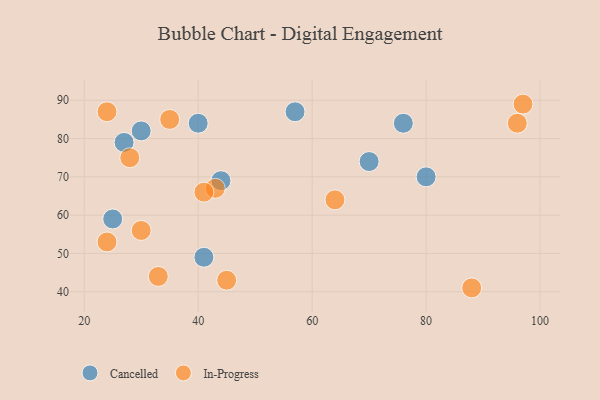
{"axis": {"x": "GDP", "y": "Life Expectancy"}, "legend": ["Cancelled", "In-Progress"], "data": [{"x": "25", "y": 59, "type": "Cancelled"}, {"x": "57", "y": 87, "type": "Cancelled"}, {"x": "70", "y": 74, "type": "Cancelled"}, {"x": "44", "y": 69, "type": "Cancelled"}, {"x": "80", "y": 70, "type": "Cancelled"}, {"x": "40", "y": 84, "type": "Cancelled"}, {"x": "30", "y": 82, "type": "Cancelled"}, {"x": "27", "y": 79, "type": "Cancelled"}, {"x": "41", "y": 49, "type": "Cancelled"}, {"x": "76", "y": 84, "type": "Cancelled"}, {"x": "30", "y": 56, "type": "In-Progress"}, {"x": "33", "y": 44, "type": "In-Progress"}, {"x": "24", "y": 87, "type": "In-Progress"}, {"x": "43", "y": 67, "type": "In-Progress"}, {"x": "97", "y": 89, "type": "In-Progress"}, {"x": "24", "y": 53, "type": "In-Progress"}, {"x": "96", "y": 84, "type": "In-Progress"}, {"x": "64", "y": 64, "type": "In-Progress"}, {"x": "45", "y": 43, "type": "In-Progress"}, {"x": "41", "y": 66, "type": "In-Progress"}, {"x": "88", "y": 41, "type": "In-Progress"}, {"x": "35", "y": 85, "type": "In-Progress"}, {"x": "28", "y": 75, "type": "In-Progress"}]}